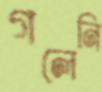
গলেনি